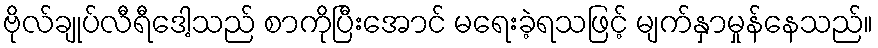
ဗိုလ်ချုပ်လီရီဒေါ့သည် စာကိုပြီးအောင် မရေးခဲ့ရသဖြင့် မျက်နှာမှုန်နေသည်။